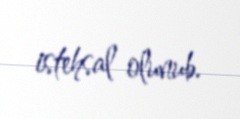
istehsal olunub.